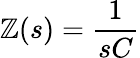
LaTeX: \mathbb{Z}(s)={\frac{{1}}{{sC}}}